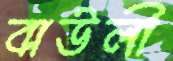
বাউলী